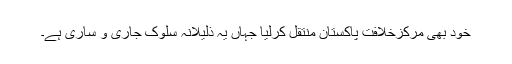
خود بھی مرکزخلافت پاکستان منتقل کرلیا جہاں یہ ذلیلانہ سلوک جاری و ساری ہے۔